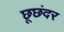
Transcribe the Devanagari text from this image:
छूछंदर